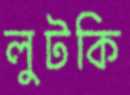
লুটকি